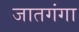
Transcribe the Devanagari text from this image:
जातगंगा